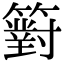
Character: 𥵢